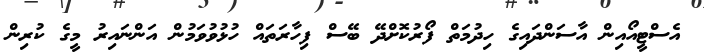
އެސްޓީއޯއިން އާސަންދައިގެ ހިދުމަތް ފޯރުކޮށްދޭ ބޭސް ފިހާރަތައް ހުޅުވުވަމުން އަންނައިރު މީގެ ކުރިން